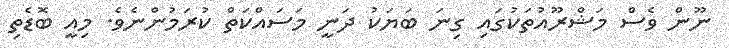
ނޫން ވެސް މަޝްރޫއުތަކުގައި ގިނަ ބަޔަކު ދަނީ މަސައްކަތް ކުރަމުންނެވެ. މިއީ ބޮޑެތި